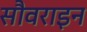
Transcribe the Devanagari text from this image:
सौवराइन